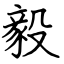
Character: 毅